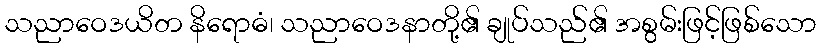
သညာဝေဒယိတ နိရောဓံ၊ သညာဝေဒနာတို့၏ ချုပ်သည်၏ အစွမ်းဖြင့်ဖြစ်သော